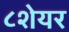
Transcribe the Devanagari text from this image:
८शेयर